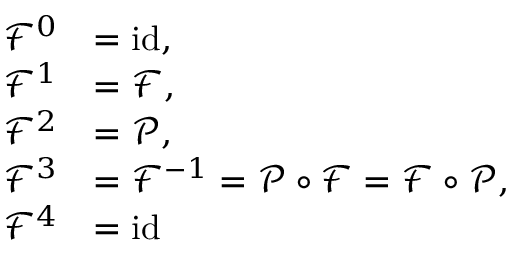
{ \begin{array} { r l } { { \mathcal { F } } ^ { 0 } } & { = \mathrm { i d } , } \\ { { \mathcal { F } } ^ { 1 } } & { = { \mathcal { F } } , } \\ { { \mathcal { F } } ^ { 2 } } & { = { \mathcal { P } } , } \\ { { \mathcal { F } } ^ { 3 } } & { = { \mathcal { F } } ^ { - 1 } = { \mathcal { P } } \circ { \mathcal { F } } = { \mathcal { F } } \circ { \mathcal { P } } , } \\ { { \mathcal { F } } ^ { 4 } } & { = \mathrm { i d } } \end{array} }